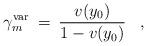
LaTeX: \begin{align*}\gamma_m^{\rm var} \> = \> { v(y_0) \over 1 - v(y_0)}\;\;\;,\end{align*}